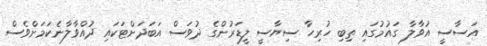
އަސާސީ އުވާލާ ގައުމުގައި ތިބި ހުރިހާ ސިޔާސީ ލީޑަރުންގެ ދުވަސް އަބަދަށްޓަކައި ދުއްވާލާނެކަމަށްވެސް